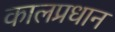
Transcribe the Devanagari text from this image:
कालप्रधान